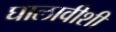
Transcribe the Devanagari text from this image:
घालावीशी